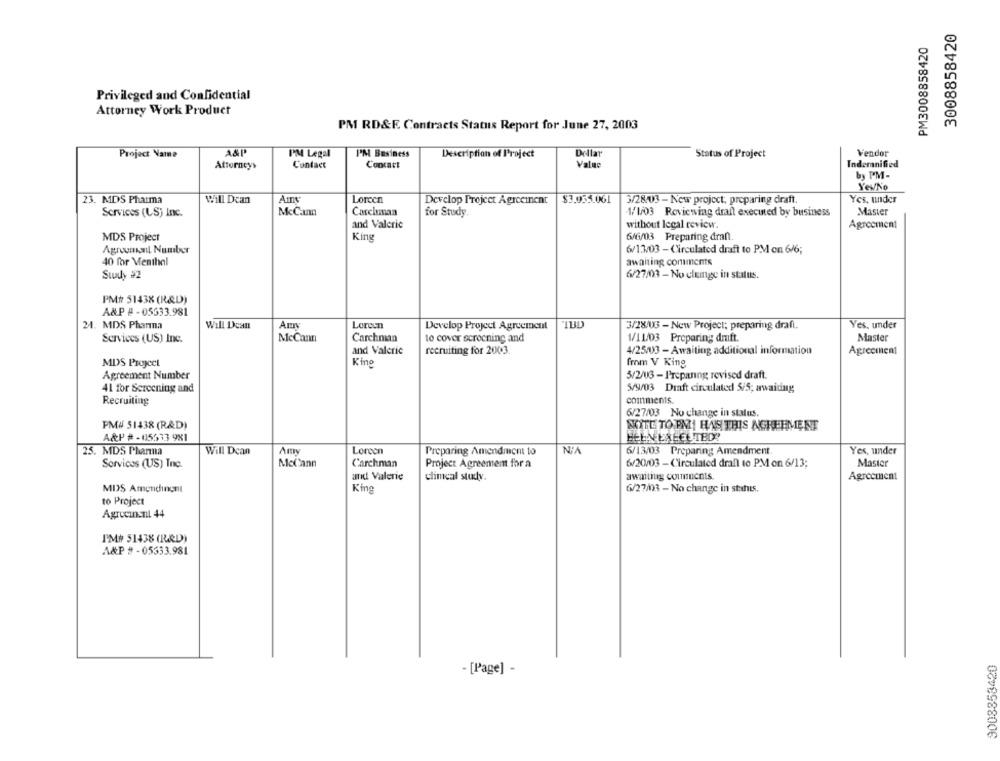
3008858420
PM3008858420
Privileged and Confidential
Attorney Work Product
PM RD&F. Contracts Status Report for June 27, 2003
A&P'
PM Legal
PM Business
Dellar
Vendor
Project Name
Description of Project
Status of Project
Attorneys
Contact
Concart
Value
Indemnified
by PM-
Yes/No
23. MDS Pharma
Will Dcan
Amy
Loreen
$3.035.061
Yes, under
Develop Project Agreeinent
3/28/03 - New project, preparing draft.
Services (LS) Inc.
McCann
Carchman
for Study.
1/1/03 Reviewing drall executed by business
Master
and Valeric
without legal review.
Agreement
MDS Project
646/03 Preparing dran.
King
Agroumanl Number
6/13/03 - Circulated draft to PM on 6/6;
40 for Menthal
awaiting comments
Study #2
6/27/03 - No cleinge in status.
PMt 51438 (R&D)
A&P #-05633.981
24. MDS Phanna
Will Dean
Lorcen
Develop Project Agreement
3/28/03 - New Project; preparing draft.
Yes. under
Master
Services (US) Inc.
McCann
Carchnian
to cover scrocning and
1/11/03 Preparing dmft.
and Valerie
recruiting for 2003.
4/25/03 - Awaiting additional information
Agreement
MDS Project
King
from V King
5/2/03 - Preparing revised draft.
Agreement Number
41 for Screening and
5/9/03 Draft circulated 5/5; awaiting
Recruiting
comments.
6/27/03 No change in status.
PM# 51438 (R&D)
MITE TOPMI HASTHIS ACHERMENT
A&P # -05633 981
HELNEXTHELTBD!
Am
Loreen
Yes, under
25. MDS Pharma
Will Dcan
Preparing Amendmcm to
6/13/03 Preparing Amendment
Services (US) Inc.
McCann
Carchman
Project Agreemem for a
6/20/03 - Circulated drall to PM on 6/13;
Master
and Valerie
climcal study.
awanting counucnis
Agreement
MDS Amendingnt
King
6/27/03 - No change in stehts.
to Project
Agrocinsnt 44
PM# 51438 (R&D)
A&P # - 05333.981
9008853420
- [Page] -